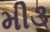
મી૩